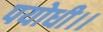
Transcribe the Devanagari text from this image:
पयोधी।।